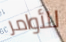
للأوامر